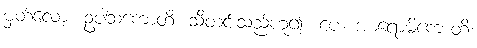
မှတ်လော့။ ဥပါသကောတိ၊ သီတင်းသည်ဟူ၍။ ပေ။ အာရောမိကောတိ၊